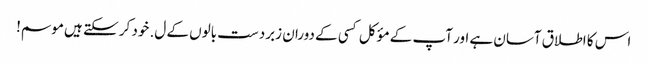
اس کا اطلاق آسان ہے اور آپ کے مؤکل کسی کے دوران زبردست بالوں کے ل. خود کر سکتے ہیں موسم!